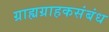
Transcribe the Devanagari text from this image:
ग्राह्यग्राहकसंबंध